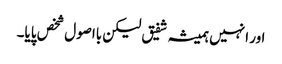
اور انہیں ہمیشہ شفیق لیکن بااصول شخص پایا۔